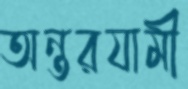
অন্তরযামী